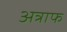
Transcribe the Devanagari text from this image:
अत्राफ